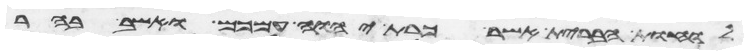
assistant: לוחת הברית אשר כרת יהוה עמכם ואשב בהר